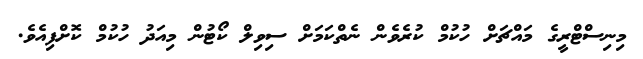
މިނިސްޓްރީގެ މައްޗަށް ހުކުމް ކުރެވެން ނެތްކަމަށް ސިވިލް ކޯޓުން މިއަދު ހުކުމް ކޮށްފިއެވެ.